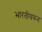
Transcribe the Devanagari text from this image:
भारतीयरुन